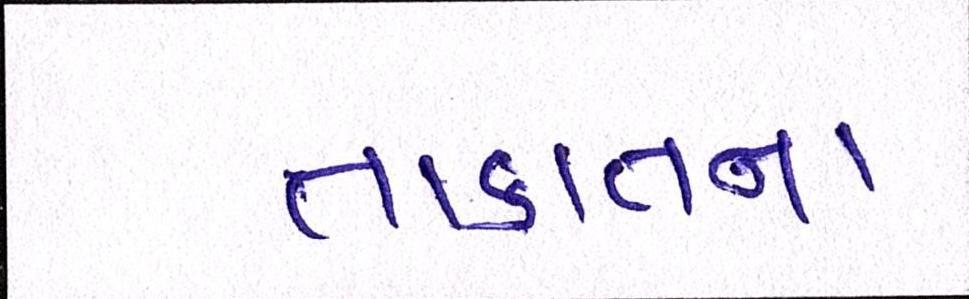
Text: તાકાતના